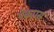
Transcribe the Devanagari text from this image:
पेढ्यास